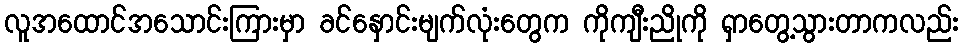
လူအထောင်အသောင်းကြားမှာ ခင်နှောင်းမျက်လုံးတွေက ကိုကျီးညိုကို ရှာတွေ့သွားတာကလည်း